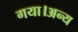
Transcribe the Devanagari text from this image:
गया।अन्य